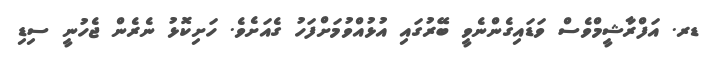
ޑރ. އަފްރާޝީމްވެސް ވަޑައިގެންނެވީ ބޭރުގައި އުޅުއްވުމަށްފަހު ގެއަށެވެ. ހަށިކޮޅު ނެރެން ޖެހުނީ ސިޑި